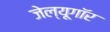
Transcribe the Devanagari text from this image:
जेल्यूगॉर